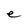
Character: e